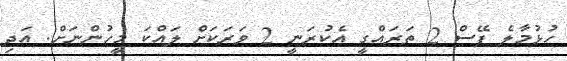
ހުޅުމާލެ ފޭސް 2 ތަރައްގީ އެކުރަނީ 2 ވަރަކަށް ލައްކަ މީހުންނަށް. އަދި